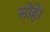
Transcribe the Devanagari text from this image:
सोहे।